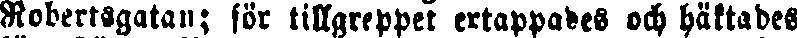
Robertsgatan; för tillgreppet ertappades och häktades